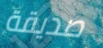
صديقة